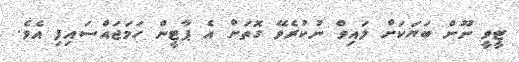
ޓީވީ ނޫން ބަޔަކަށް ލައިވް ނުކުރެވޭ ގޮތަށް އެ ޕާޓީން ހަމަޖަައްސައިފި އެވެ.